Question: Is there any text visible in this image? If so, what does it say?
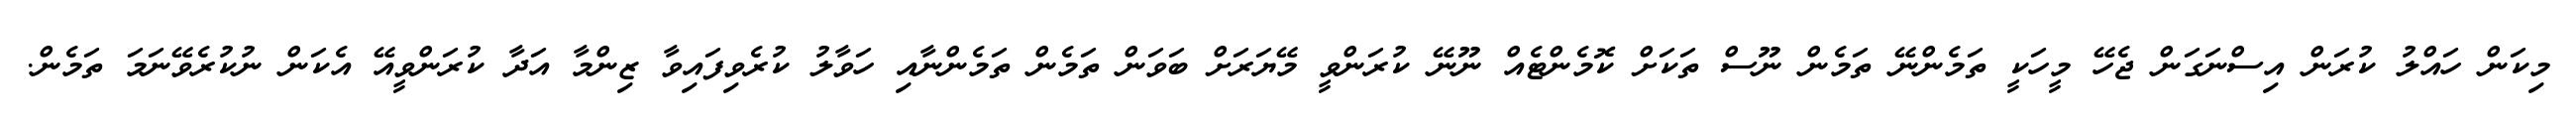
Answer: މިކަން ހައްލު ކުރަން އިސްނަގަން ޖެހޭ މީހަކީ ތަމެންނޭ ތަމެން ނޫސް ތަކަށް ކޮމެންޓެއް ނޫނޭ ކުރަންވީ މޭޔަރަށް ބަވަން ތަމެން ތަމެންނާއި ހަވާލު ކުރެވިފައިވާ ޒިންމާ އަދާ ކުރަންވީއޭ އެކަން ނުކުރެވޭނަމަ ތަމެން.